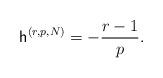
LaTeX: \begin{align*}\mathsf{h}^{(r,p,N)}=-\frac{r-1}{p}. \end{align*}